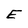
Character: E